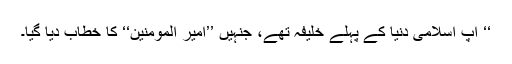
‘‘ آپ اسلامی دنیا کے پہلے خلیفہ تھے، جنہیں ’’امیر المومنین‘‘ کا خطاب دیا گیا۔